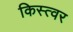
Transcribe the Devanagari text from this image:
किस्त्वर